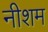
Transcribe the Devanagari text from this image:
नीशम